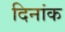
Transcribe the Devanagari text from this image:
दिनांक